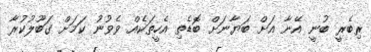
ރިބެރީ ބުނީ އޭނާ އަށް ބަޔާނަށް ބޮޑެތި އެހީތަކެއް ވެވުނު ކަމަށް ގަބޫލުކުރާ